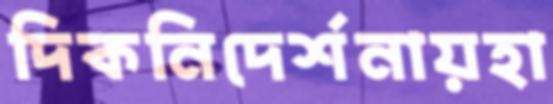
দিকনিদের্শনায়হা